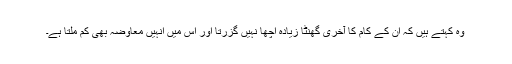
وہ کہتے ہیں کہ ان کے کام کا آخری گھنٹا زیادہ اچھا نہیں گزرتا اور اس میں انہیں معاوضہ بھی کم ملتا ہے۔